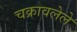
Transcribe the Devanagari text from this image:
चक्रावलेले